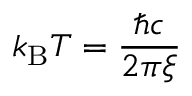
k _ { \mathrm { B } } T = \frac { \hbar c } { 2 \pi \xi }